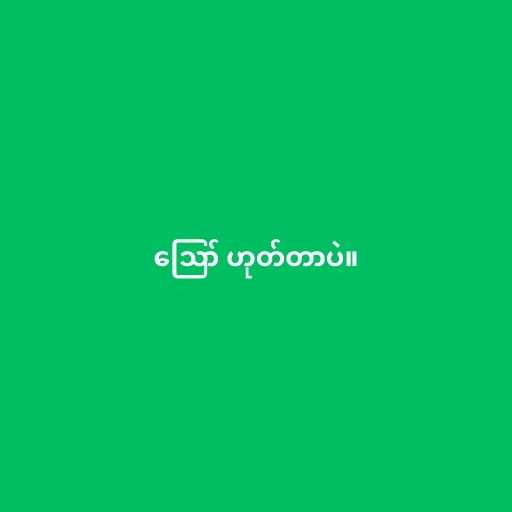
ဪ ဟုတ်တာပဲ။